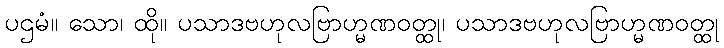
ပဌမံ။ သော၊ ထို။ ပသာဒဗဟုလဗြာဟ္မဏဝတ္ထု၊ ပသာဒဗဟုလဗြာဟ္မဏဝတ္ထု